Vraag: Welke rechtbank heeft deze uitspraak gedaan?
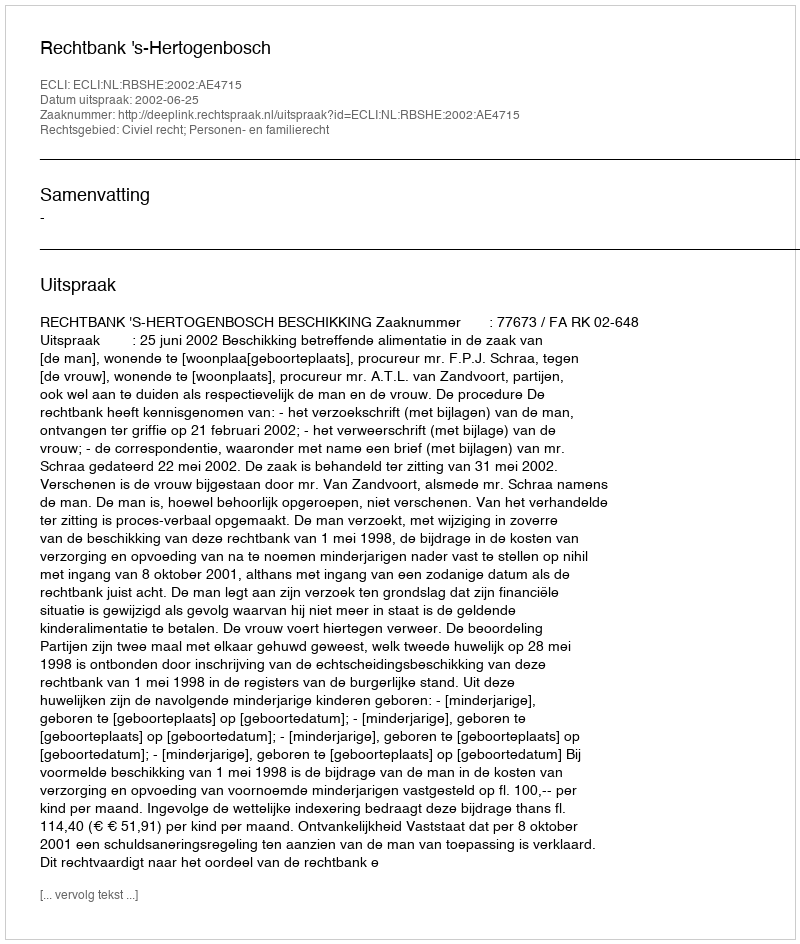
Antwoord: Rechtbank 's-Hertogenbosch